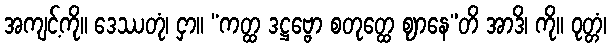
အကျင့်ကို။ ဒေဿတုံ၊ ငှာ။ “ကတ္ထ ဒဋ္ဌဗ္ဗော စတုတ္ထေ ဈာနေ”တိ အာဒိ၊ ကို။ ဝုတ္တံ၊